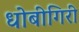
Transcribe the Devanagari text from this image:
धोबीगिरी